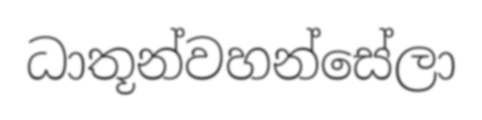
ධාතූන්වහන්සේලා